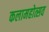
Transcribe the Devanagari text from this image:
कलामहोत्सव